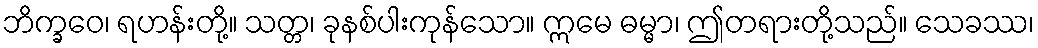
ဘိက္ခဝေ၊ ရဟန်းတို့။ သတ္တ၊ ခုနစ်ပါးကုန်သော။ ဣမေ ဓမ္မာ၊ ဤတရားတို့သည်။ သေခဿ၊